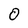
Character: 0